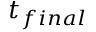
t _ { f i n a l }